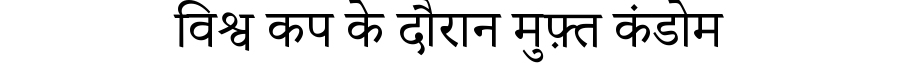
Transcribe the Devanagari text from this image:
विश्व कप के दौरान मुफ़्त कंडोम